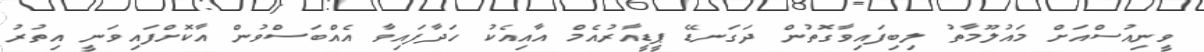
ވީނިއުސްއަށް މައުލޫމާތު ލިބިފައިވާގޮތުން ދަގަނޑޭ ޕީޑީއާރުއެމް އާއިއެކު ހަދާފައިވާ އެއްބަސްވުން އާކޮށްފައިވަނީ އިތުރު